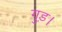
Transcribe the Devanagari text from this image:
गुड़।